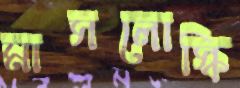
মাসলোস্কি